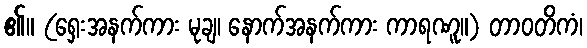
၏။ (ရှေးအနက်ကား မုချ၊ နောက်အနက်ကား ကာရဏူ။) တာဝတိကံ၊